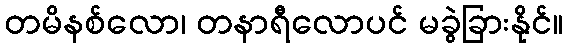
တမိနစ်လော၊ တနာရီလောပင် မခွဲခြားနိုင်။